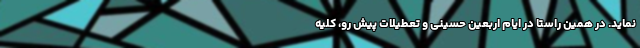
نماید. در همین راستا در ایام اربعین حسینی و تعطیلات پیش رو، کلیه